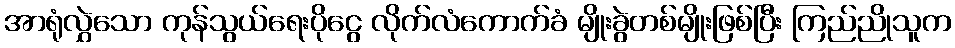
အာရုံလွှဲသော ကုန်သွယ်ရေးပိုငွေ လိုက်လံကောက်ခံ မျိုးခွဲတစ်မျိုးဖြစ်ပြီး ကြည်ညိုသူက